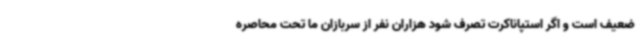
ضعیف است و اگر استپاناکرت تصرف شود هزاران نفر از سربازان ما تحت محاصره